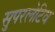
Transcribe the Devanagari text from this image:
सुपरलेटिव